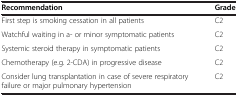
| Recommendation | Grade |
 | --- | --- |
 | First step is smoking cessation in all patients | C2 |
 | Watchful waiting in a- or minor symptomatic patients | C2 |
 | Systemic steroid therapy in symptomatic patients | C2 |
 | Chemotherapy (e.g. 2-CDA) in progressive disease | C2 |
 | Consider lung transplantation in case of severe respiratory failure or major pulmonary hypertension | C2 |